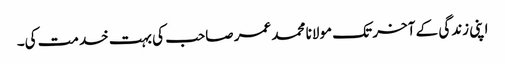
اپنی زندگی کے آخر تک مولانا محمد عمر صاحب کی بہت خدمت کی۔